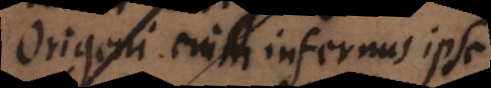
Origeni enim infernus ipse